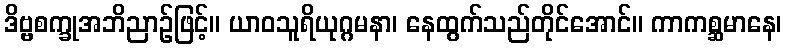
ဒိဗ္ဗစက္ခုအဘိညာဉ်ဖြင့်။ ယာဝသူရိယုဂ္ဂမနာ၊ နေထွက်သည်တိုင်အောင်။ ကာကစ္ဆမာနေ၊